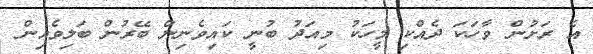
އެ ރަށުން ވާހަކަ ދެއްކި މީހަކު މިއަދު ބުނީ ކައިވެނިން ބޭރުން ބަލިވެއިން